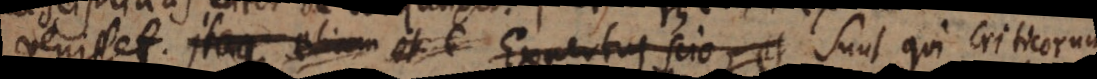
venisset. Itaque etiam et E Expertus scio, et Sunt qui Criticorum